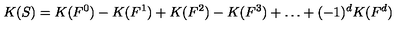
K ( S ) = K ( F ^ { 0 } ) - K ( F ^ { 1 } ) + K ( F ^ { 2 } ) - K ( F ^ { 3 } ) + \dots + ( - 1 ) ^ { d } K ( F ^ { d } )